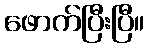
ဖောက်ပြီးပြီ။